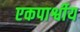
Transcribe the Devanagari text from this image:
एकपार्श्वीय